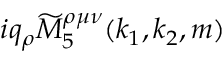
i q _ { \rho } \widetilde { M } _ { 5 } ^ { \rho \mu \nu } ( k _ { 1 } , k _ { 2 } , m )